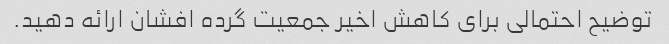
توضیح احتمالی برای کاهش اخیر جمعیت گرده افشان ارائه دهید.